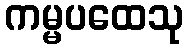
ကမ္မပထေသု